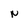
Character: N